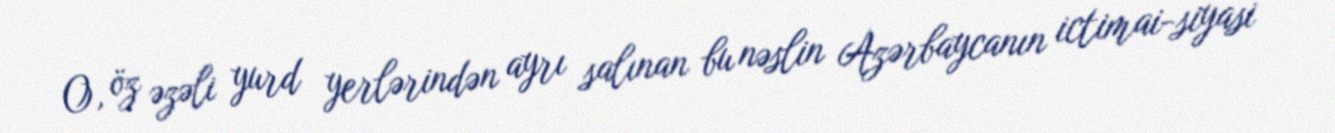
O, öz əzəli yurd yerlərindən ayrı salınan bu nəslin Azərbaycanın ictimai-siyasi